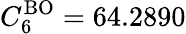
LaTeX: C_{6}^{\mathrm{BO}}=64.2890